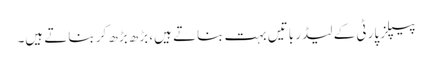
پیپلز پارٹی کے لیڈر باتیں بہت بناتے ہیں، بڑھ بڑھ کر بناتے ہیں۔